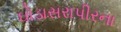
ઘોડાસરાપીરના